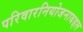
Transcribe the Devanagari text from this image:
परिवारनियोजनाबद्दल